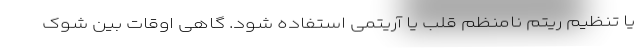
یا تنظیم ریتم نامنظم قلب یا آریتمی استفاده شود. گاهی اوقات بین شوک